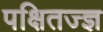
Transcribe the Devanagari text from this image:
पक्षितज्‍ज्ञ